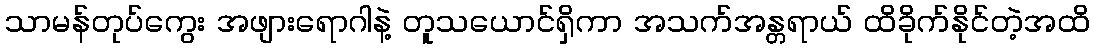
သာမန်တုပ်ကွေး အဖျားရောဂါနဲ့ တူသယောင်ရှိကာ အသက်အန္တရာယ် ထိခိုက်နိုင်တဲ့အထိ